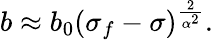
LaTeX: {b\approx b_{0}(\sigma_{f}-\sigma)^{\frac{2}{\alpha^{2}}}.}